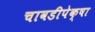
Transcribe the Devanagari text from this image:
चावडीपेक्षा